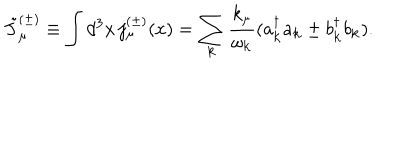
\tilde { J } _ { \mu } ^ { ( \pm ) } \equiv \int d ^ { 3 } x \, j _ { \mu } ^ { ( \pm ) } ( x ) = \sum _ { { \bf k } } \frac { k _ { \mu } } { \omega _ { { \bf k } } } ( a _ { { \bf k } } ^ { \dagger } a _ { { \bf k } } \pm b _ { { \bf k } } ^ { \dagger } b _ { { \bf k } } ) .